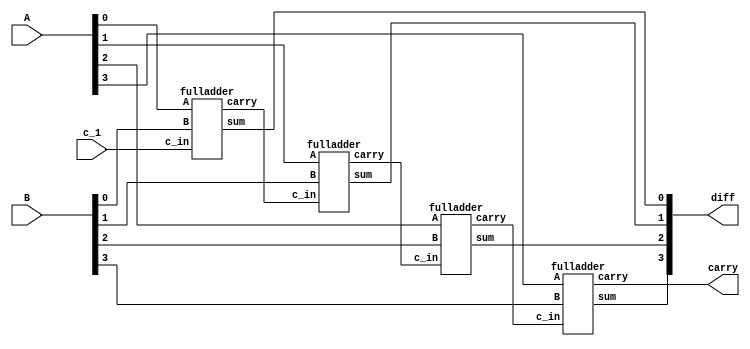
module sub(A,B,c_1,diff,carry);
	input[3:0] A,B;
	output[3:0] diff;
	input c_1;
	output carry;
	wire c1,c2,c3,c4,c5;
	fulladder f1(A[0],B[0],c_1,c2,diff[0]);
	fulladder f2(A[1],B[1],c2,c3,diff[1]);
	fulladder f3(A[2],B[2],c3,c4,diff[2]);
	fulladder f4(A[3],B[3],c4,carry,diff[3]);
endmodule

module fulladder(A,B,c_in,carry,sum);
	input A,B,c_in;
	assign b_in = B^(1'b1);
	output sum,carry;
	assign sum = A^b_in^c_in;
	assign carry = (c_in&(A^b_in))|(A&b_in);
endmodule